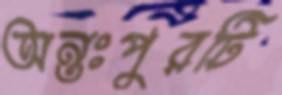
অন্তঃপুরটি